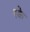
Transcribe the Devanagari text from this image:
रके